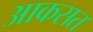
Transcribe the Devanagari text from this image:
आकसत